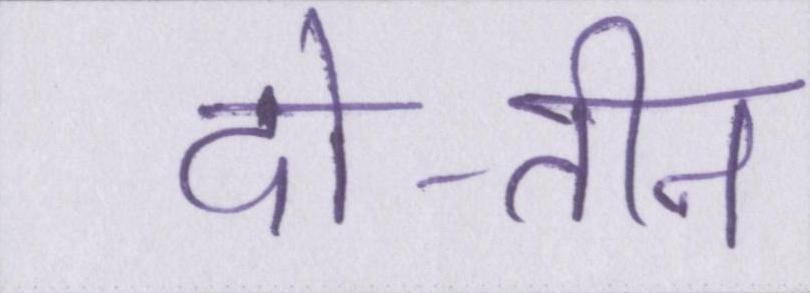
दो-तीन